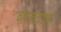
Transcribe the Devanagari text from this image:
व्होल्टाइक